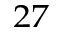
^ { 2 7 }